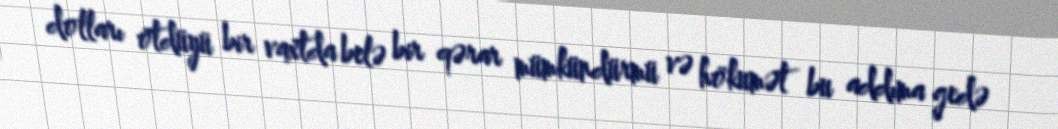
dolları ötdüyü bir vaxtda belə bir qərar mümkündürmü və hökumət bu addıma gedə